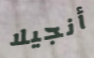
أنجيلا